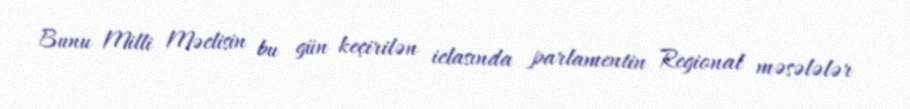
Bunu Milli Məclisin bu gün keçirilən iclasında parlamentin Regional məsələlər